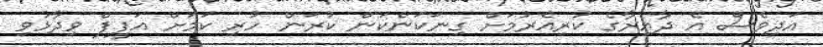
އަދިވެސް އެ ދާއިރާގެ ކުރިއެރުމަށް ގިނަކަންކަން ކުރަން ހުރި ކަމަށް އަފީފް ވިދާޅުވި